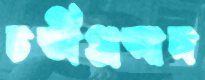
চন্ডীপ্রসাদ